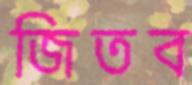
জিতব